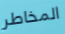
المخاطر